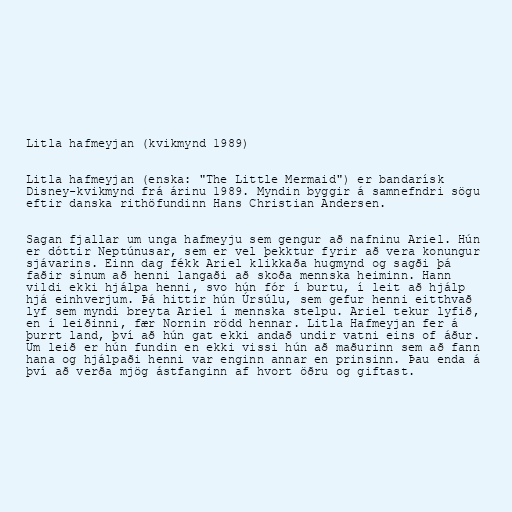
Litla hafmeyjan (kvikmynd 1989)

Litla hafmeyjan (enska: "The Little Mermaid") er bandarísk
Disney-kvikmynd frá árinu 1989. Myndin byggir á samnefndri sögu
eftir danska rithöfundinn Hans Christian Andersen.

Sagan fjallar um unga hafmeyju sem gengur að nafninu Ariel. Hún
er dóttir Neptúnusar, sem er vel þekktur fyrir að vera konungur
sjávarins. Einn dag fékk Ariel klikkaða hugmynd og sagði þá
faðir sínum að henni langaði að skoða mennska heiminn. Hann
vildi ekki hjálpa henni, svo hún fór í burtu, í leit að hjálp
hjá einhverjum. Þá hittir hún Úrsúlu, sem gefur henni eitthvað
lyf sem myndi breyta Ariel í mennska stelpu. Ariel tekur lyfið,
en í leiðinni, fær Nornin rödd hennar. Litla Hafmeyjan fer á
þurrt land, því að hún gat ekki andað undir vatni eins of áður.
Um leið er hún fundin en ekki vissi hún að maðurinn sem að fann
hana og hjálpaði henni var enginn annar en prinsinn. Þau enda á
því að verða mjög ástfanginn af hvort öðru og giftast.